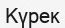
Күрек